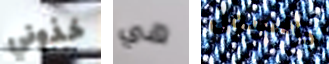
خذوني هي جالسون